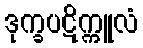
ဒုက္ခပဋိက္ကူလံ